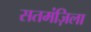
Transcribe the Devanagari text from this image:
सतमंज़िला